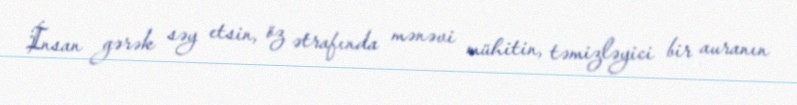
İnsan gərək səy etsin, öz ətrafında mənəvi mühitin, təmizləyici bir auranın